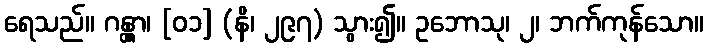
ရေသည်။ ဂန္တွာ၊ [၀၁] (နိ၊ ၂၉၇) သွား၍။ ဥဘောသု၊ ၂၊ ဘက်ကုန်သော။